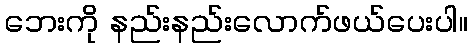
ဘေးကို နည်းနည်းလောက်ဖယ်ပေးပါ။